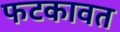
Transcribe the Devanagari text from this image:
फटकावत